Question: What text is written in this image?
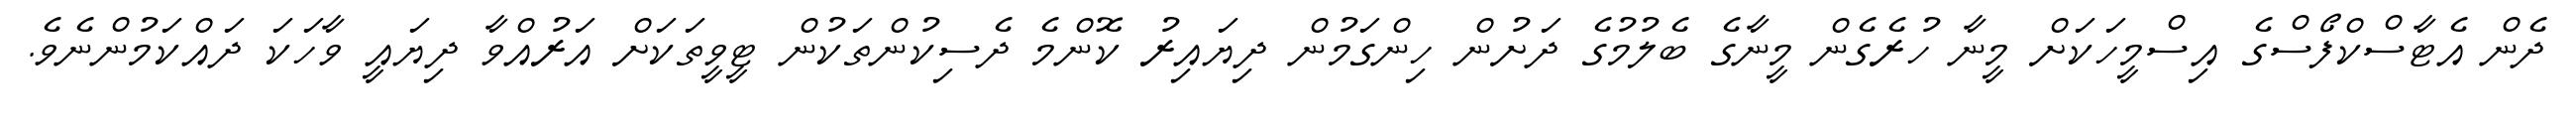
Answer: ދެން އެޓާސްކްފޯސްގެ އިސްމީހަކަށް މީނާ ހުރެގެން މީނާގެ ބެލުމުގެ ދަށުން ހިންގަމުން ދިޔައިރު ކޮންމެ ދެސިކުންތަކުން ޓީވީތަކަށް އަރުއްވާ ދިޔައީ ވާހަކަ ދައްކަމުންނެވެ.